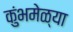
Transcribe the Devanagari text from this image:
कुंभमेळ्या